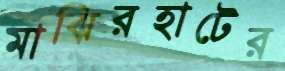
মাঝিরহাটের